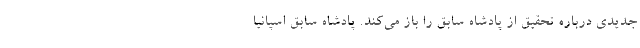
جدیدی درباره تحقیق از پادشاه سابق را باز می‌کند. پادشاه سابق اسپانیا